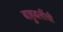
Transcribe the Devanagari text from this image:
बाहुबलींची